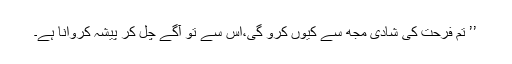
’’ تم فرحت کی شادی مجھ سے کیوں کرو گی،اُس سے تو آگے چل کر پیشہ کروانا ہے۔